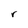
Character: r